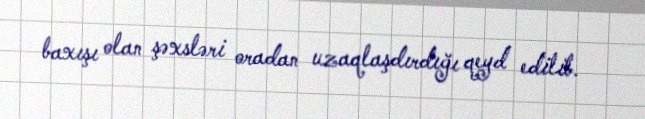
baxışı olan şəxsləri oradan uzaqlaşdırdığı qeyd edilib.